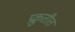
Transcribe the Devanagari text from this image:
प्रक्रुतीत